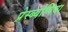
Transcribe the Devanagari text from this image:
प्रेस्ब्योपिया